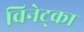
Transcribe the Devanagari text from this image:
विनेट्का